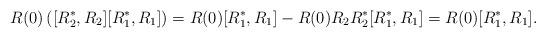
LaTeX: \begin{align*}R(0)\left([R^*_2, R_2][R^*_1, R_1]\right)=R(0)[R^*_1, R_1]-R(0)R_2R^*_2[R^*_1, R_1]=R(0)[R^*_1, R_1].\end{align*}